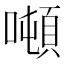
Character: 噸